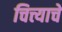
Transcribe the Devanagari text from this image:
चित्त्याचे